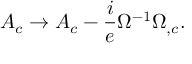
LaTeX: A _ { c } \rightarrow A _ { c } - \frac { i } { e } \Omega ^ { - 1 } \Omega _ { , c } .